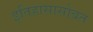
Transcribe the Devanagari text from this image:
इतिहासासोबत